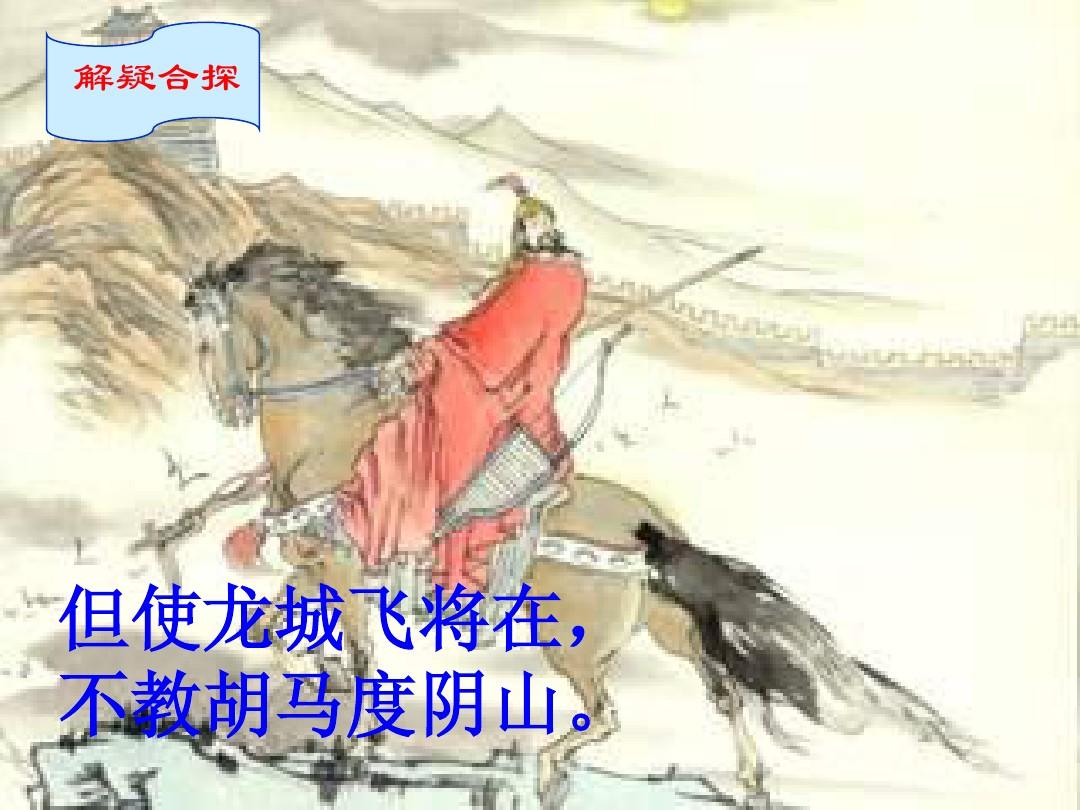
但使龙城飞将在，不教胡马度阴山。